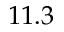
1 1 . 3